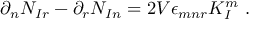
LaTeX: \partial _ { n } N _ { I r } - \partial _ { r } N _ { I n } = 2 V \epsilon _ { m n r } K _ { I } ^ { m } \ .